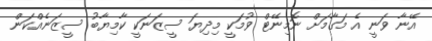
އޭނާ ވަނީ އެ މަގާމަށް ނޮމިނޭޓް ވުމަކީ މިދިޔަ ސީޒަނަކީ ކާމިޔާބު ސީޒަނެއްކަން